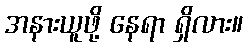
အနားယူဖို့ နေရာ ရှိလား။